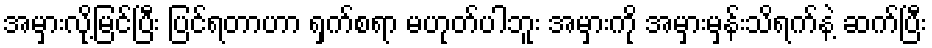
အမှားလို့မြင်ပြီး ပြင်ရတာဟာ ရှက်စရာ မဟုတ်ပါဘူး အမှားကို အမှားမှန်းသိရက်နဲ့ ဆက်ပြီး